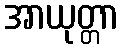
အာယုတ္တာ